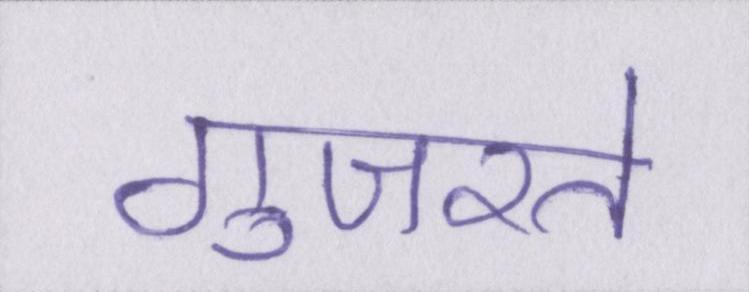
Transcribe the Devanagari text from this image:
गुजरते